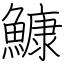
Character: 鱇